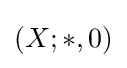
\left(X;\ast ,0\right)